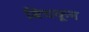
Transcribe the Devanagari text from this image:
बिचकून